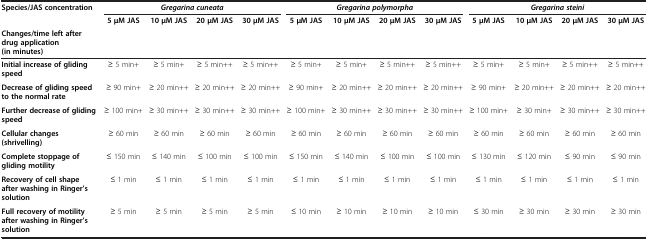
<table><thead><tr><td><b>Species/JAS concentration</b></td><td colspan="4"><b><i>Gregarina cuneata</i></b></td><td colspan="4"><b><i>Gregarina polymorpha</i></b></td><td colspan="4"><b><i>Gregarina steini</i></b></td></tr><tr><td><b> </b></td><td><b>5 μM JAS</b></td><td><b>10 μM JAS</b></td><td><b>20 μM JAS</b></td><td><b>30 μM JAS</b></td><td><b>5 μM JAS</b></td><td><b>10 μM JAS</b></td><td><b>20 μM JAS</b></td><td><b>30 μM JAS</b></td><td><b>5 μM JAS</b></td><td><b>10 μM JAS</b></td><td><b>20 μM JAS</b></td><td><b>30 μM JAS</b></td></tr><tr><td><b>Changes/time left after drug application (in minutes)</b></td><td><b> </b></td><td><b> </b></td><td><b> </b></td><td><b> </b></td><td><b> </b></td><td><b> </b></td><td><b> </b></td><td><b> </b></td><td><b> </b></td><td><b> </b></td><td><b> </b></td><td><b> </b></td></tr></thead><tbody><tr><td><b>Initial increase of gliding speed</b></td><td>≥ 5 min+</td><td>≥ 5 min+</td><td>≥ 5 min++</td><td>≥ 5 min++</td><td>≥ 5 min+</td><td>≥ 5 min+</td><td>≥ 5 min++</td><td>≥ 5 min++</td><td>≥ 5 min+</td><td>≥ 5 min+</td><td>≥ 5 min++</td><td>≥ 5 min++</td></tr><tr><td><b>Decrease of gliding speed to the normal rate</b></td><td>≥ 90 min+</td><td>≥ 20 min++</td><td>≥ 20 min++</td><td>≥ 20 min++</td><td>≥ 90 min+</td><td>≥ 20 min++</td><td>≥ 20 min++</td><td>≥ 20 min++</td><td>≥ 90 min+</td><td>≥ 20 min++</td><td>≥ 20 min++</td><td>≥ 20 min++</td></tr><tr><td><b>Further decrease of gliding speed</b></td><td>≥ 100 min+</td><td>≥ 30 min++</td><td>≥ 30 min++</td><td>≥ 30 min++</td><td>≥ 100 min+</td><td>≥ 30 min++</td><td>≥ 30 min++</td><td>≥ 30 min++</td><td>≥ 100 min+</td><td>≥ 30 min+</td><td>≥ 30 min++</td><td>≥ 30 min++</td></tr><tr><td><b>Cellular changes (shrivelling)</b></td><td>≥ 60 min</td><td>≥ 60 min</td><td>≥ 60 min</td><td>≥ 60 min</td><td>≥ 60 min</td><td>≥ 60 min</td><td>≥ 60 min</td><td>≥ 60 min</td><td>≥ 60 min</td><td>≥ 60 min</td><td>≥ 60 min</td><td>≥ 60 min</td></tr><tr><td><b>Complete stoppage of gliding motility</b></td><td>≤ 150 min</td><td>≤ 140 min</td><td>≤ 100 min</td><td>≤ 100 min</td><td>≤ 150 min</td><td>≤ 140 min</td><td>≤ 100 min</td><td>≤ 100 min</td><td>≤ 130 min</td><td>≤ 120 min</td><td>≤ 90 min</td><td>≤ 90 min</td></tr><tr><td><b>Recovery of cell shape after washing in Ringer’s solution</b></td><td>≤ 1 min</td><td>≤ 1 min</td><td>≤ 1 min</td><td>≤ 1 min</td><td>≤ 1 min</td><td>≤ 1 min</td><td>≤ 1 min</td><td>≤ 1 min</td><td>≤ 1 min</td><td>≤ 1 min</td><td>≤ 1 min</td><td>≤ 1 min</td></tr><tr><td><b>Full recovery of motility after washing in Ringer’s solution</b></td><td>≥ 5 min</td><td>≥ 5 min</td><td>≥ 5 min</td><td>≥ 5 min</td><td>≤ 10 min</td><td>≥ 10 min</td><td>≥ 10 min</td><td>≥ 10 min</td><td>≤ 30 min</td><td>≥ 30 min</td><td>≥ 30 min</td><td>≥ 30 min</td></tr></tbody></table>